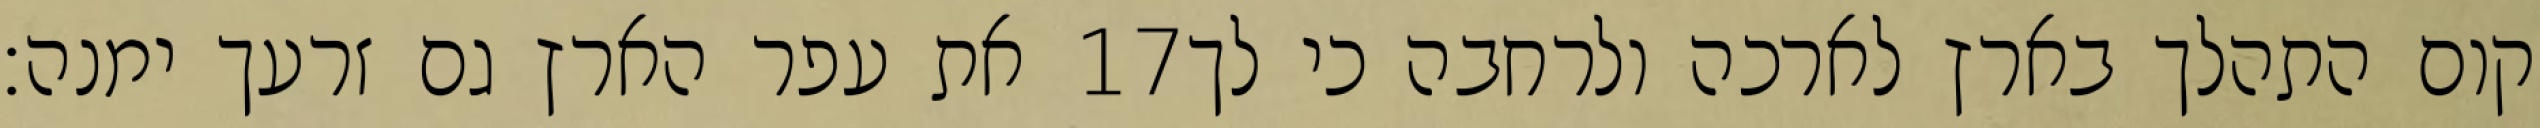
את עפר הארץ גם זרעך ימנה׃ ‎17‏ קום התהלך בארץ לארכה ולרחבה כי לך